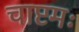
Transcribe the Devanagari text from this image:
चाष्टमः